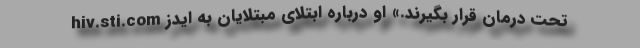
hiv.sti.com تحت درمان قرار بگیرند.» او درباره ابتلای مبتلایان به ایدز